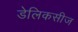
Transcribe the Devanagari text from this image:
डेलिकसीज